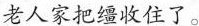
老人家把缰收住了。